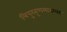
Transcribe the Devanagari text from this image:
त्रिपुरतृणमाडम्बर